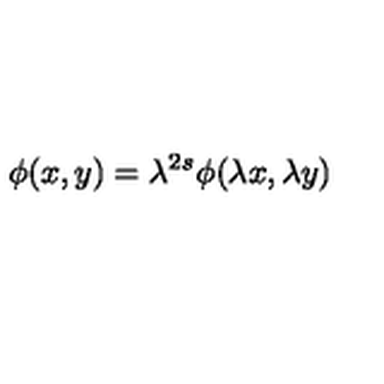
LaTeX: \phi ( x , y ) = \lambda ^ { 2 s } \phi ( \lambda x , \lambda y )